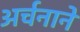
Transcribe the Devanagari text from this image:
अर्चनाने